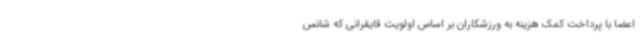
اعضا با پرداخت کمک هزینه به ورزشکاران بر اساس اولویت قایقرانی که شانس